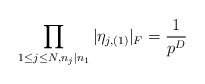
\begin{align*}\prod_{1\leq j\leq N,n_j\mid n_1} \vert \eta_{j,(1)}\vert_F=\frac{1}{p^{D}}\end{align*}